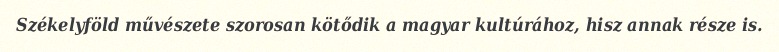
Székelyföld művészete szorosan kötődik a magyar kultúrához, hisz annak része is.